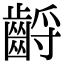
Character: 𪘤